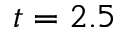
t = 2 . 5